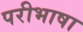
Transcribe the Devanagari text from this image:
परीभाषा